Vaccination in Bombay 1869-1873 - 1869-1873
Year: 1869
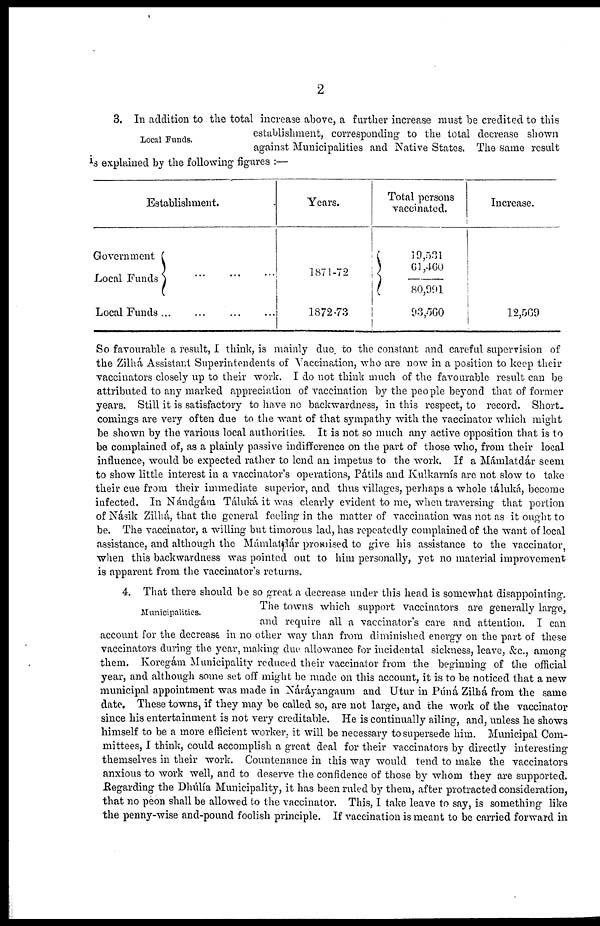
2
Local Funds.
3. In addition to the total increase above, a further increase must be credited to this
establishment, corresponding; to the total decrease shown
against Municipalities and Native States. The same result
is explained by the following figures :—
Establishment.
Government
Local Funds
...
...
...
Local Funds ... ... ...
Years.
1871-72
1872-73
Total persons
vaccinated.
19,531
61,460
80,991
93,560
Increase.
12,569
So favourable a result, I think, is mainly due. to the constant and careful supervision of
the Zilhà Assistant Superintendents of Vaccination, who are now in a position to keep their
vaccinators closely up to their work. I do not think much of the favourable result can be
attributed to any marked appreciation of vaccination by the people beyond that of former
years. Still it is satisfactory to have no backwardness, in this respect, to record. Short¬
comings are very often due to the want of that sympathy with the vaccinator which might
be shown by the various local authorities. It is not so much any active opposition that is to
be complained of, as a plainly passive indifference on the part of those who, from their local
influence, would be expected rather to lend an impetus to the work. If a Mámlatdár seem
to show little interest in a vaccinator's operations, Pátils and Kulkarnís are not slow to take
their cue from their immediate superior, and thus villages, perhaps a whole táluká, become
infected. In Nándgám Táluká. it was clearly evident to me, when traversing that portion
of Násik Zilhá, that the general feeling in the matter of vaccination was not as it ought to
be. The vaccinator, a willing but timorous lad, has repeatedly complained of the want of local
assistance, and although the Mámlatdár promised to give his assistance to the vaccinator,
when this backwardness was pointed out to him personally, yet no material improvement
is apparent from the vaccinator's returns.
Municipalities.
4. That there should be so great a decrease under this head is somewhat disappointing.
The towns which support vaccinators are generally large,
and require all a vaccinator's care and attention. I can
account for the decrease in no other way than from diminished energy on the part of these
vaccinators during the year, making due allowance for incidental sickness, leave, &c, among
them. Koregám Municipality reduced their vaccinator from the beginning of the official
year, and although some set off might be made on this account, it is to be noticed that a new
municipal appointment was made in Náráyangaum and Utur in Púná Zilhá from the same
date. These towns, if they may be called so, are not large, and the work of the vaccinator
since his entertainment is not very creditable. He is continually ailing, and, unless he shows
himself to be a more efficient worker, it will be necessary to supersede him. Municipal Com-
mittees, I think, could accomplish a great deal for their vaccinators by directly interesting
themselves in their work. Countenance in this way would tend to make the vaccinators
anxious to work well, and to deserve the confidence of those by whom they are supported.
Regarding the Dhúlía Municipality, it has been ruled by them, after protracted consideration,
that no peon shall be allowed to the vaccinator. This, I take leave to say, is something like
the penny-wise and-pound foolish principle. If vaccination is meant to be carried forward in